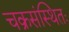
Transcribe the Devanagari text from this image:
चक्रसंस्थितः